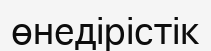
өнедірістік